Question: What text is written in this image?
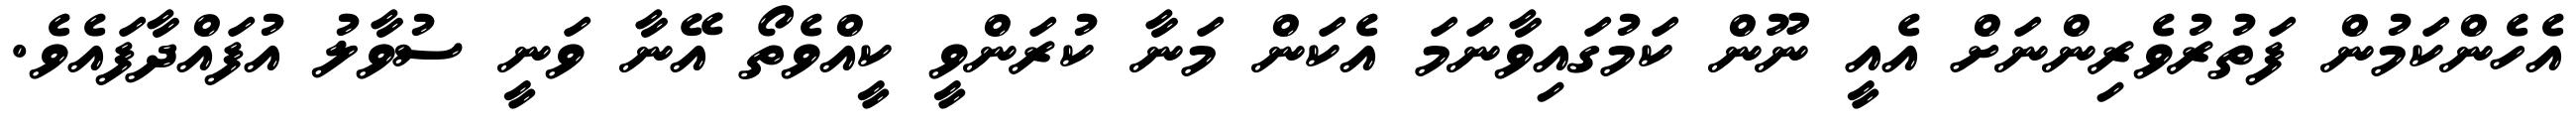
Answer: އެހެންކަމުން ފަތުރުވެރިންނަށް އެއީ ނޫން ކަމުގައިވާނަމަ އެކަން މަނާ ކުރަންވީ ކީއްވެތޯ އޭނާ ވަނީ ސުވާލު އުފައްދާފައެވެ.